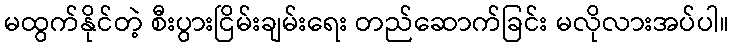
မထွက်နိုင်တဲ့ စီးပွားငြိမ်းချမ်းရေး တည်ဆောက်ခြင်း မလိုလားအပ်ပါ။